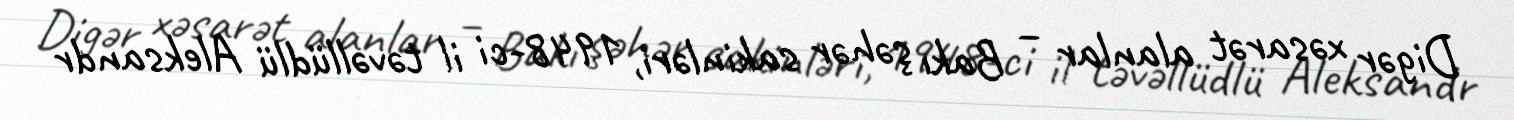
Digər xəsarət alanlar – Bakı şəhər sakinləri, 1948-ci il təvəllüdlü Aleksandr